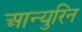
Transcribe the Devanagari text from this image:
आन्युरिन